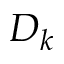
D _ { k }